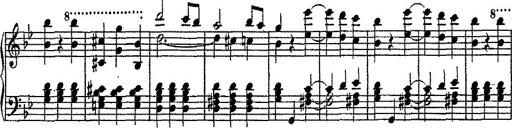
Title: Scherzo
Composer: Rogelio Villar
Key: D minor